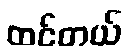
ထင်တယ်